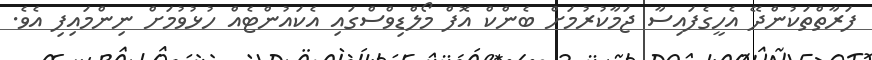
ފަރާތްތަކުންދޭ އެހީގެފައިސާ ޖަމާކުރުމަށް ބެންކް އޮފް މޯލްޑިވްސްގައި އެކައުންޓެއް ހުޅުވުމަށް ނިންމައިފި އެވެ.